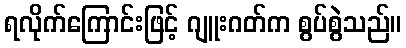
ရလိုက်ကြောင်းဖြင့် ဂျူးဂတ်က စွပ်စွဲသည်။